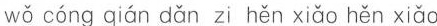
wǒ cóng qián dǎn zi hěn xiǎo hěn xiǎo